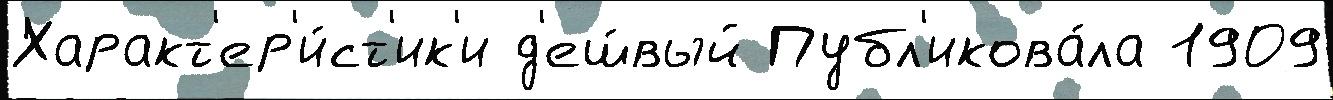
Характ'ер'и́ст'ик'и д'еш́вый Публ'икова́ла 1909